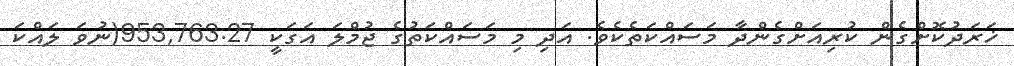
ޚަރަދުކޮށްގެން ކުރިއަށްގެންދާ މަސައްކަތެކެވެ. އަދި މި މަސައްކަތުގެ ޖުމްލަ އަގަކީ 953